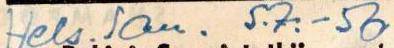
Hels. San. 5.7.-56.